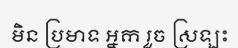
មិន ប្រមាទ ឣ្នក រួច ស្រឡះ